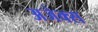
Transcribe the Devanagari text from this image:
अजेक्स